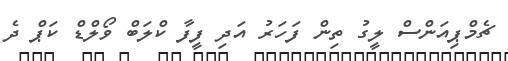
ޗެމްޕިއަންސް ލީގު ތިން ފަހަރު އަދި ފީފާ ކްލަބް ވޯލްޑް ކަޕް ދެ